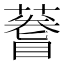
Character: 𫉫